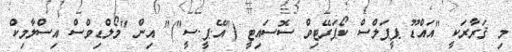
މި ޤަރާރަކީ "އައްޑޫ ޕީޕަލްސް ކޯޕަރޭޓިވް ސޮސައިޓީ ("އޭ.ޕީ.ސީ")" އިން "މޯލްޑިވްސް އިސްލާމިކް